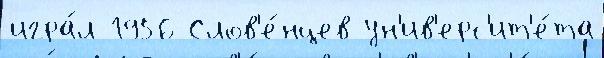
игра́л 1956 Слов'е́нцев ун'ив'ерс'ит'е́та